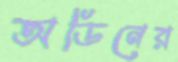
অডিনের